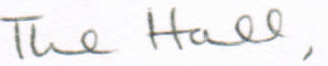
The Hall,